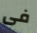
فى